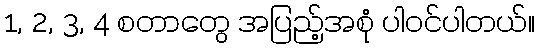
1, 2, 3, 4 စတာတွေ အပြည့်အစုံ ပါဝင်ပါတယ်။